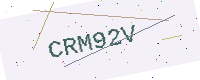
Text: CRM92V